画像に写った文字を読んでください
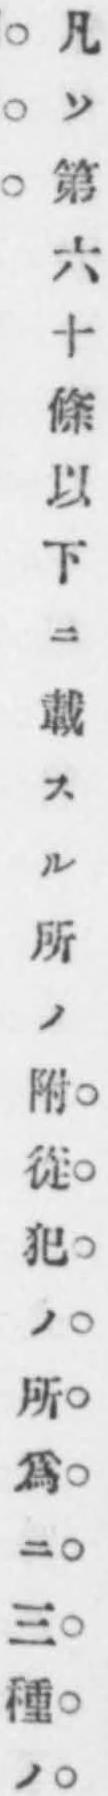
「凡ソ第六十條以下ニ載スル所ノ附從犯ノ所爲ニ三種ノ」と書いてあります